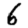
Digit: 6